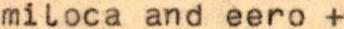
miloca and eero +